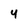
Character: 4